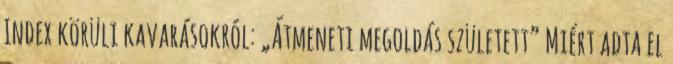
Index körüli kavarásokról: „Átmeneti megoldás született” Miért adta el